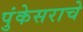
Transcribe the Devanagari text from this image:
पुंकेसराचे